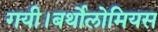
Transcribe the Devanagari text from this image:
गयी।बर्थोलोमियस